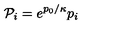
{ \cal P } _ { i } = e ^ { p _ { 0 } / \kappa } p _ { i }